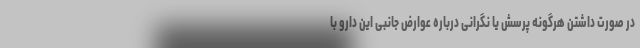
در صورت داشتن هرگونه پرسش یا نگرانی درباره عوارض جانبی این دارو با